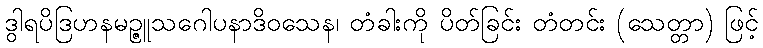
ဒွါရပိဒြဟနမဉ္ဇူသဂေါပနာဒိဝသေန၊ တံခါးကို ပိတ်ခြင်း တံတင်း (သေတ္တာ) ဖြင့်